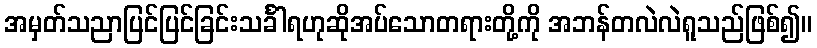
အမှတ်သညာပြင်ပြင်ခြင်းသင်္ခါရဟုဆိုအပ်သောတရားတို့ကို အဘန်တလဲလဲရူသည်ဖြစ်၍။